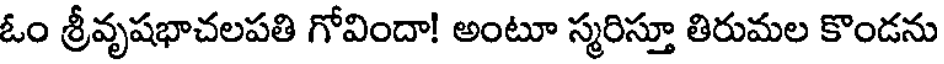
ఓం శ్రీవృషభాచలపతి గోవిందా! అంటూ స్మరిస్తూ తిరుమల కొండను